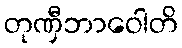
တုဏှီဘာဝေါတိ